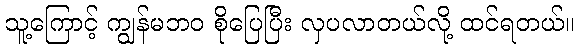
သူ့ကြောင့် ကျွန်မဘဝ စိုပြေပြီး လှပလာတယ်လို့ ထင်ရတယ်။